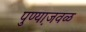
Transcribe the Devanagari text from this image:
पुण्या़जवळ